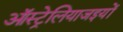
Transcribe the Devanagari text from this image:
ऑस्ट्रेलियाजइयों